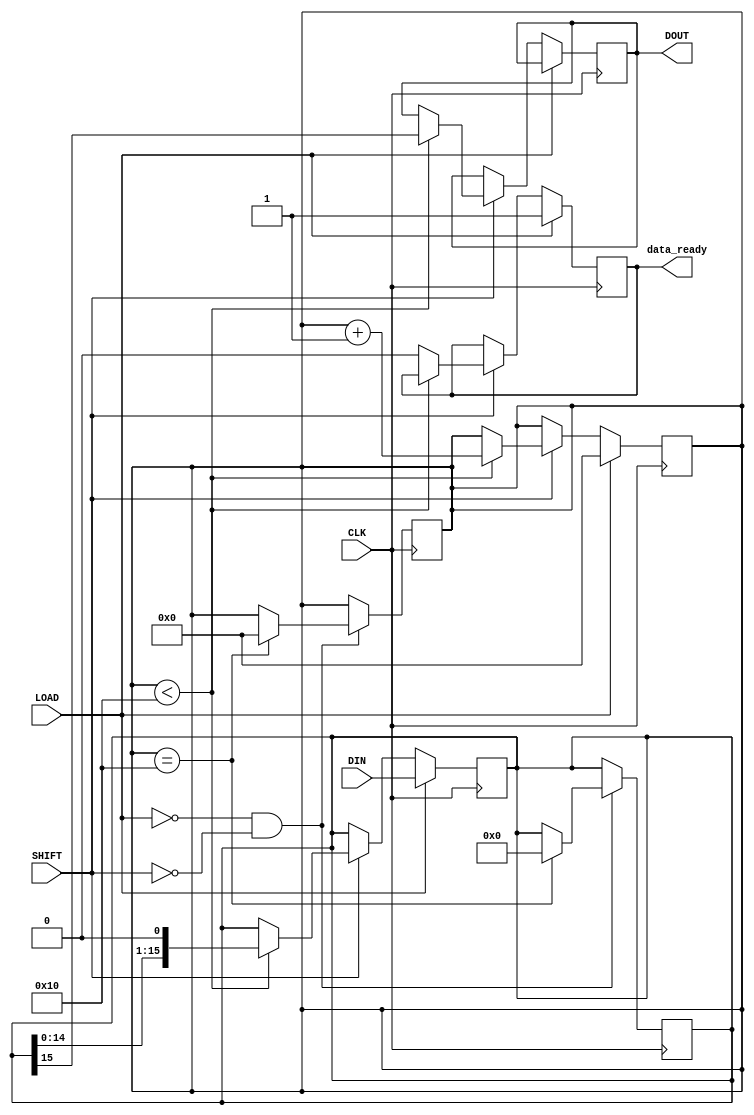
module PISO_Register (
    input wire [15:0] DIN,      // 16-bit parallel data input
    input wire LOAD,            // Load control signal
    input wire SHIFT,           // Shift control signal
    input wire CLK,             // Clock signal
    output reg DOUT,            // Serial output
    output reg data_ready       // Data ready flag (optional)
);

    reg [15:0] shift_reg;       // 16-bit shift register
    reg [4:0] count;            // Counter for the number of bits shifted out

    // Asynchronous reset (optional)
    always @(posedge CLK) begin
        if (LOAD) begin
            shift_reg <= DIN;    // Load data into the shift register
            count <= 5'b0;       // Reset the counter
            data_ready <= 1'b1;  // Indicate data is ready
        end else if (SHIFT) begin
            if (count < 16) begin
                DOUT <= shift_reg[15]; // Output the MSB to DOUT
                shift_reg <= {shift_reg[14:0], 1'b0}; // Shift right
                count <= count + 1;  // Increment the counter
            end else begin
                data_ready <= 1'b0;  // Indicate data is no longer ready
            end
        end
    end

    // Optional: Reset functionality
    always @(posedge CLK) begin
        if (!LOAD && !SHIFT) begin
            // Retain last state or reset if needed
            if (count == 16) begin
                shift_reg <= 16'b0; // Clear the register if all bits are shifted out
                count <= 5'b0;      // Reset the counter
            end
        end
    end

endmodule